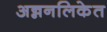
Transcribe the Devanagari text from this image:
अन्ननलिकेत